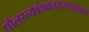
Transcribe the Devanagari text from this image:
पौलस्त्यवंशवनदारुणधूमकेतो